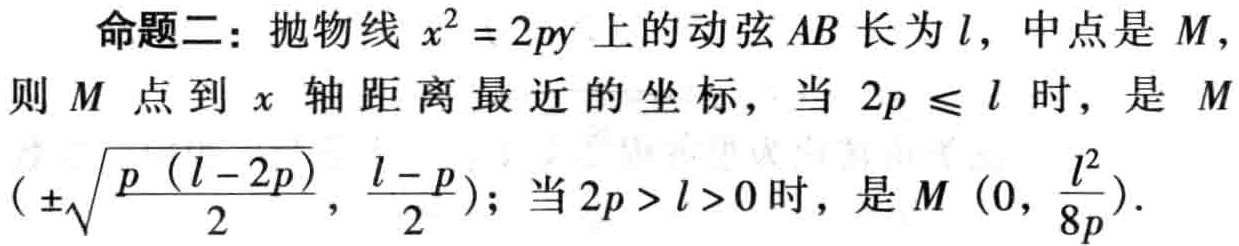
命题二：抛物线 \(x^{2}=2py\) 上的动弦 \(AB\) 长为 \(l\)，中点是 \(M\)，则 \(M\) 点到 \(x\) 轴距离最近的坐标，当 \(2p\leq l\) 时，是 \(M(\pm\sqrt{\frac{p(l - 2p)}{2}},\frac{l - p}{2})\)；当 \(2p>l>0\) 时，是 \(M(0,\frac{l^{2}}{8p})\)。